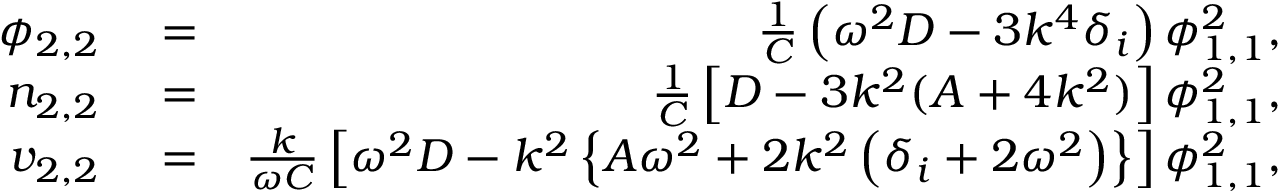
\begin{array} { r l r } { \phi _ { 2 , 2 } } & { { } = } & { \frac { 1 } { C } \left( \omega ^ { 2 } D - 3 k ^ { 4 } \delta _ { i } \right) \phi _ { 1 , 1 } ^ { 2 } , } \\ { n _ { 2 , 2 } } & { { } = } & { \frac { 1 } { C } \left[ D - 3 k ^ { 2 } ( A + 4 k ^ { 2 } ) \right] \phi _ { 1 , 1 } ^ { 2 } , } \\ { v _ { 2 , 2 } } & { { } = } & { \frac { k } { \omega C } \left[ \omega ^ { 2 } D - k ^ { 2 } \left\{ A \omega ^ { 2 } + 2 k ^ { 2 } \left( \delta _ { i } + 2 \omega ^ { 2 } \right) \right\} \right] \phi _ { 1 , 1 } ^ { 2 } , } \end{array}